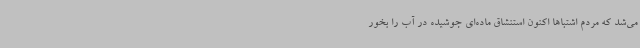
می‌شد که مردم اشتباها اکنون استنشاق ماده‌ای جوشیده در آب را بخور